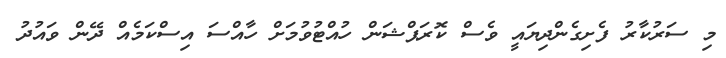
މި ސަރުކާރު ފެށިގެންދިޔައީ ވެސް ކޮރަޕްޝަން ހުއްޓުވުމަށް ހާއްސަ އިސްކަމެއް ދޭން ވައުދު